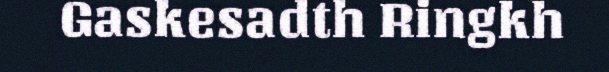
Gaskesadth Ringkh